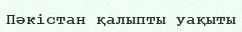
Пәкістан қалыпты уақыты